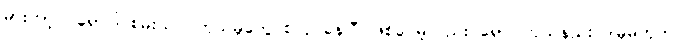
မားဘာ့ဂ် ရောဂါ စမ်းသပ် ကုသမှုတွေ စလုပ်နေပြီ ဖြစ်ပေမဲ့လည်း ရောဂါကုသနည်း ဒါမှမဟုတ်